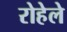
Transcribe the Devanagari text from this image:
रोहेले